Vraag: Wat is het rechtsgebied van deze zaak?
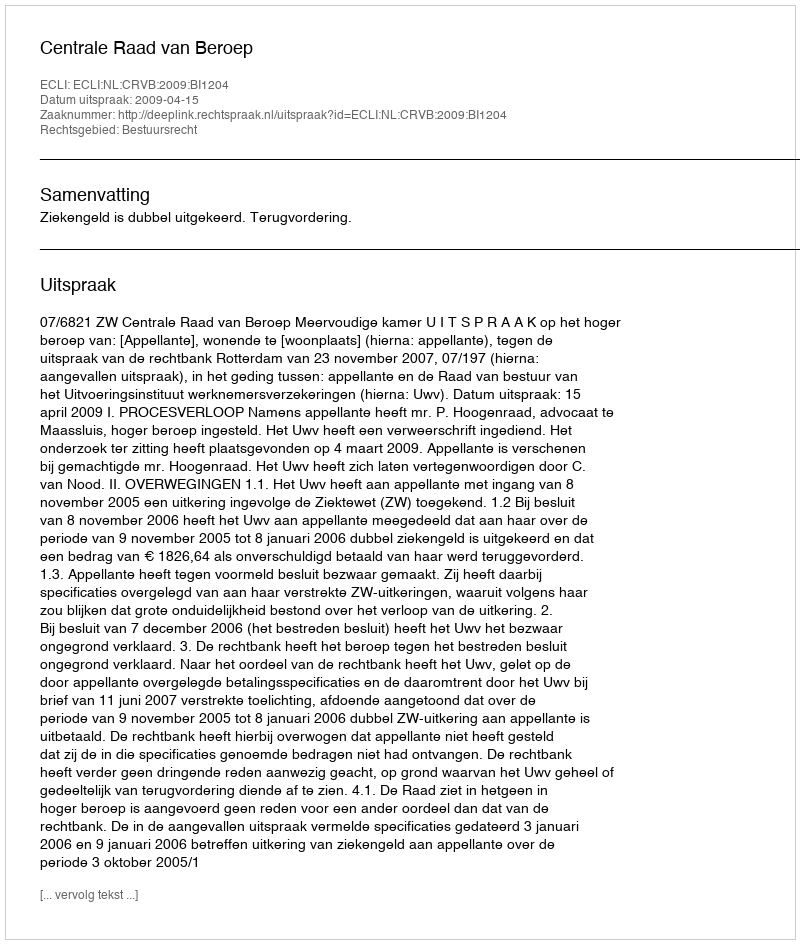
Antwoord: Bestuursrecht